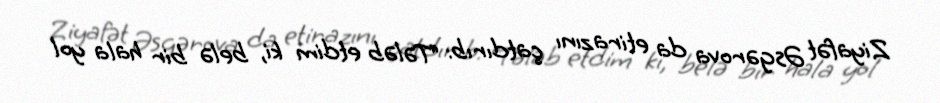
Ziyafət Əsgərova da etirazını çatdırıb: “Tələb etdim ki, belə bir hala yol